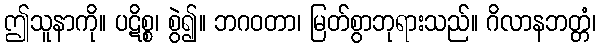
ဤသူနာကို။ ပဋိစ္စ၊ စွဲ၍။ ဘဂဝတာ၊ မြတ်စွာဘုရားသည်။ ဂိလာနဘတ္တံ၊